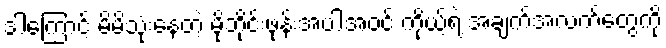
ဒါကြောင့် မိမိသုံးနေတဲ့ မိုဘိုင်းဖုန်းအပါအဝင် ကိုယ့်ရဲ့ အချက်အလက်တွေကို